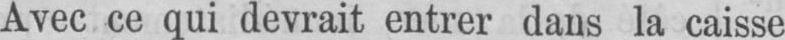
Avec ce qui devrait entrer dans la caisse